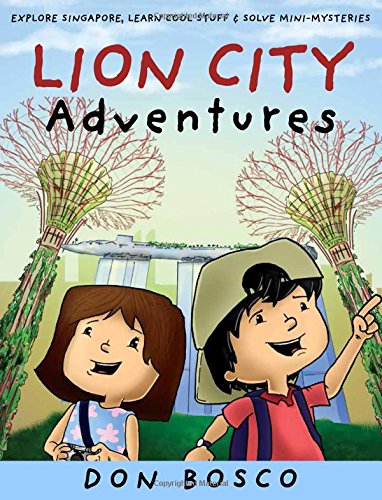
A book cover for Lion City Adventures: Explore Singapore, Learn Cool Stuff and Solve Mini-Mysteries; Don Bosco; Travel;